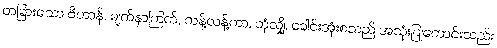
တခြားသော ဗိတာန်, မျက်နှာကြက်, ကန့်လန့်ကာ, ဘုံလျှို, ခေါင်းအုံးစသည် အသုံးပြုကောင်းသည်။